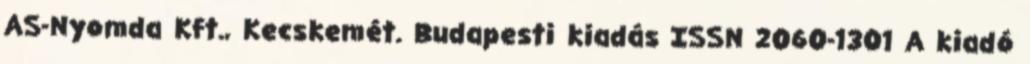
AS-Nyomda Kft., Kecskemét. Budapesti kiadás ISSN 2060-1301 A kiadó